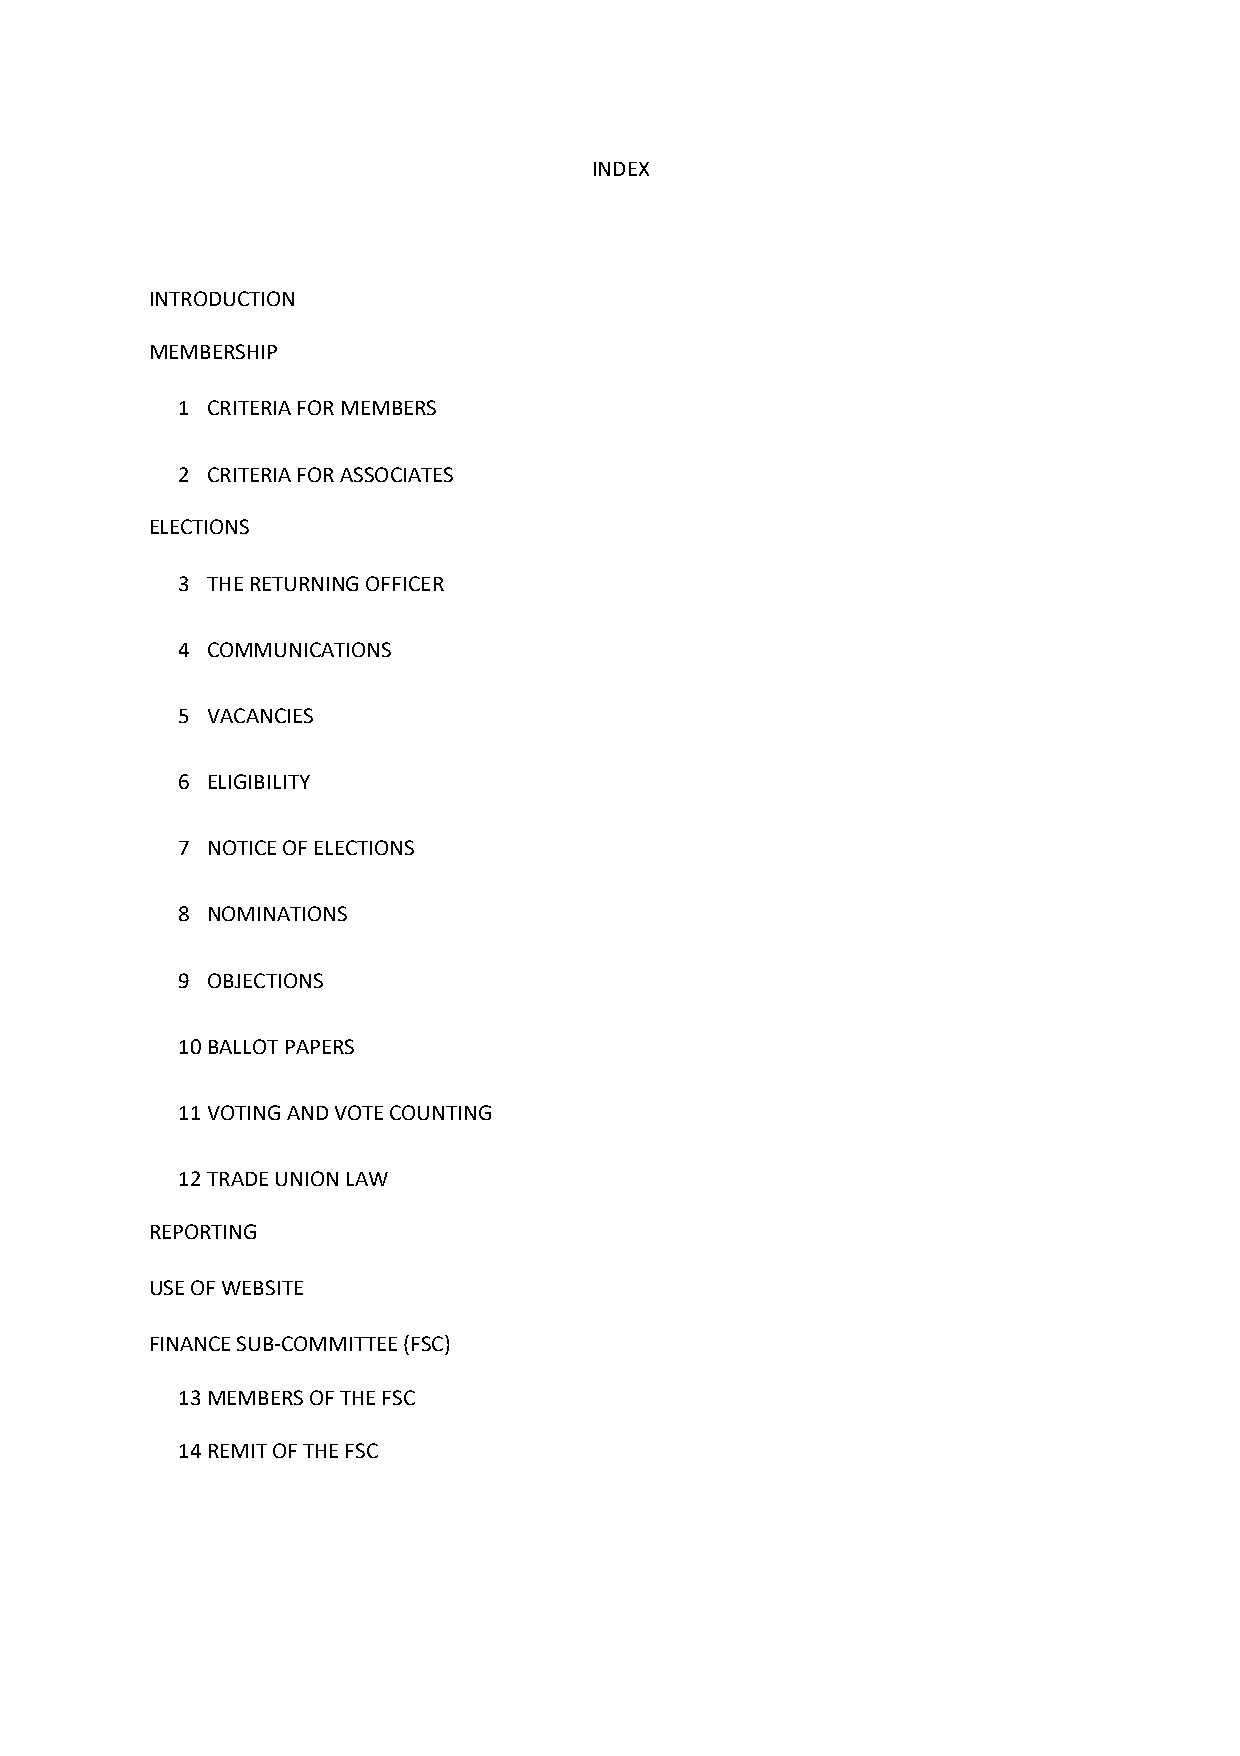
INDEX
 INTRODUCTION
 MEMBERSHIP
 1 CRITERIA FOR MEMBERS
 2 CRITERIA FOR ASSOCIATES
 ELECTIONS
 3 THE RETURNING OFFICER
 4 COMMUNICATIONS
 5 VACANCIES
 6 ELIGIBILITY
 7 NOTICE OF ELECTIONS
 8 NOMINATIONS
 9 OBJECTIONS
 10 BALLOT PAPERS
 11 VOTING AND VOTE COUNTING
 12 TRADE UNION LAW
 REPORTING
 USE OF WEBSITE
 FINANCE SUB-COMMITTEE (FSC)
 13 MEMBERS OF THE FSC
 14 REMIT OF THE FSC